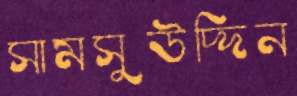
সামসুউদ্দিন